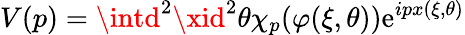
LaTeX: V(p)=\intd^{2}\xid^{2}\theta\chi_{p}(\varphi(\xi,\theta))\mathrm{e}^{ipx(\xi,\theta)}